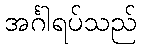
အင်္ဂါရပ်သည်